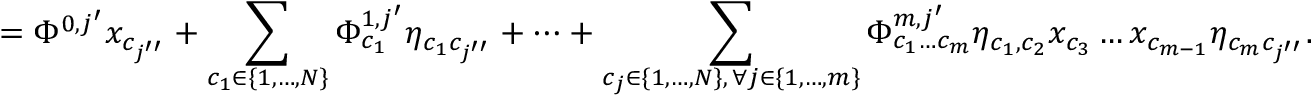
= \Phi ^ { 0 , j ^ { \prime } } x _ { c _ { j ^ { \prime \prime } } } + \sum _ { \substack { c _ { 1 } \in \{ 1 , \dots , N \} } } \Phi _ { c _ { 1 } } ^ { 1 , j ^ { \prime } } \eta _ { c _ { 1 } c _ { j ^ { \prime \prime } } } + \dots + \sum _ { \substack { c _ { j } \in \{ 1 , \dots , N \} , \, \forall j \in \{ 1 , \dots , m \} } } \Phi _ { c _ { 1 } \dots c _ { m } } ^ { m , j ^ { \prime } } \eta _ { c _ { 1 } , c _ { 2 } } x _ { c _ { 3 } } \dots x _ { c _ { m - 1 } } \eta _ { c _ { m } c _ { j ^ { \prime \prime } } } .